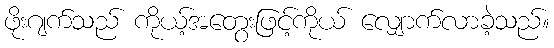
ဖိုးဂျက်သည် ကိုယ့်အတွေးဖြင့်ကိုယ် လျှောက်လာခဲ့သည်။